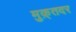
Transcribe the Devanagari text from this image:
मुक़्तदर